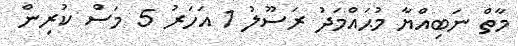
މާތް ނަބިއްޔާ މުޙައްމަދު ރަސޫލު 1 އަހަރު 5 މަސް ކުރިން